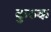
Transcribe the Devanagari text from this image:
कुरुक